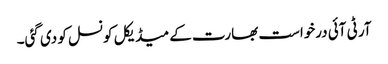
آر ٹی آئی درخواست بھارت کے میڈیکل کونسل کو دی گئی۔